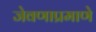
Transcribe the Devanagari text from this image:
जेवणाप्रमाणे